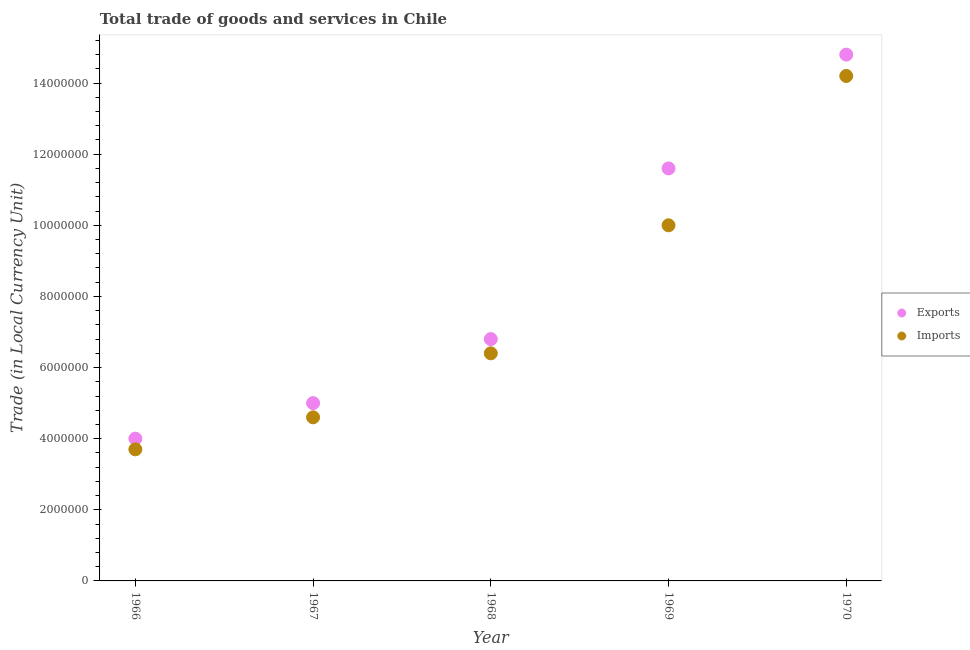
| Year | Exports | Imports |
 | --- | --- | --- |
 | 1966 | 4e+06 | 3.7e+06 |
 | 1967 | 5e+06 | 4.6e+06 |
 | 1968 | 6.8e+06 | 6.4e+06 |
 | 1969 | 1.16e+07 | 1e+07 |
 | 1970 | 1.48e+07 | 1.42e+07 |